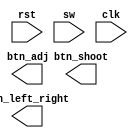
module controls (
    input rst,
    input[7:0] sw, //switch inputs
    input clk,
    output btn_adj,
    output btn_left_right,
    output btn_shoot,
);

endmodule